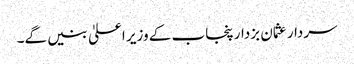
سردار عثمان بزدار پنجاب کے وزیر اعلیٰ بنیں گے۔